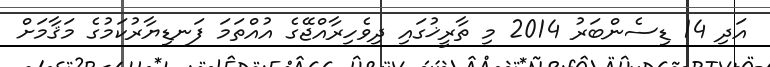
އަދި 14 ޑިސެންބަރު 2014 މި ތާރީޚުގައި ދިވެހިރާއްޖޭގެ އުއްތަމަ ފަނޑިޔާރުކަމުގެ މަޤާމަށް